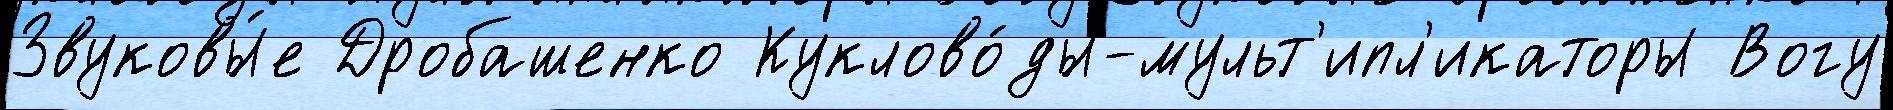
Звуковы́е Дробашенко Куклово́ды-мульт'ипл'икаторы Вогу